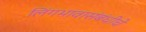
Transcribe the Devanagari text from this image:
लिंगभावासंबंधीचे